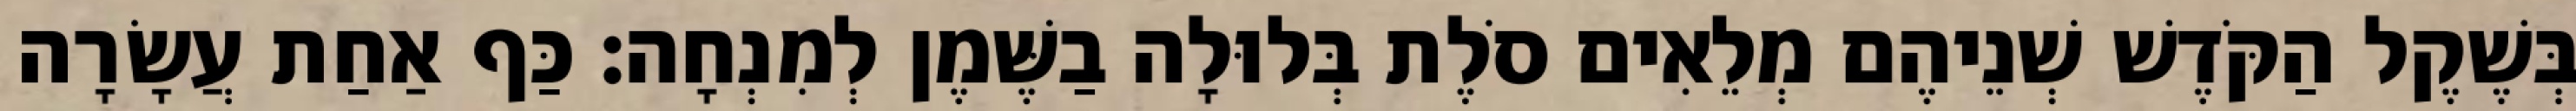
בְּשֶׁקֶל הַקֹּדֶשׁ שְׁנֵיהֶם מְלֵאִים סֹלֶת בְּלוּלָה בַשֶּׁמֶן לְמִנְחָה׃ כַּף אַחַת עֲשָׂרָה